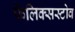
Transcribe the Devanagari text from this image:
फेलिक्सस्टोव